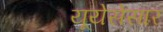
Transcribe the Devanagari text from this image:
यूयेसेसार